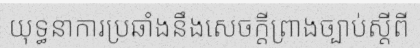
យុទ្ធនាការប្រឆាំងនឹងសេចក្តីព្រាងច្បាប់ស្តីពី